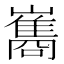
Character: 巂